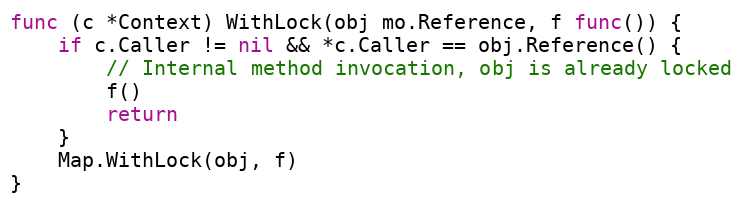
Language: Go
func (c *Context) WithLock(obj mo.Reference, f func()) {
	if c.Caller != nil && *c.Caller == obj.Reference() {
		// Internal method invocation, obj is already locked
		f()
		return
	}
	Map.WithLock(obj, f)
}